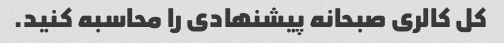
کل کالری صبحانه پیشنهادی را محاسبه کنید.